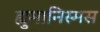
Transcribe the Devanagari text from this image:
ह्युमानिस्मस